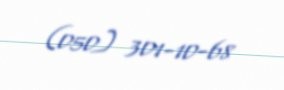
(050) 301-10-68